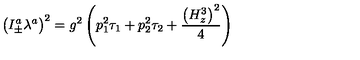
\left( I _ { \pm } ^ { a } \lambda ^ { a } \right) ^ { 2 } = g ^ { 2 } \left( p _ { 1 } ^ { 2 } \tau _ { 1 } + p _ { 2 } ^ { 2 } \tau _ { 2 } + \frac { \left( H _ { z } ^ { 3 } \right) ^ { 2 } } 4 \right)